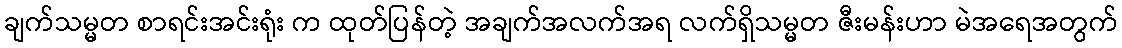
ချက်သမ္မတ စာရင်းအင်းရုံး က ထုတ်ပြန်တဲ့ အချက်အလက်အရ လက်ရှိသမ္မတ ဇီးမန်းဟာ မဲအရေအတွက်